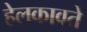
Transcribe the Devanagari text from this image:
हेलकावते